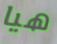
هيا